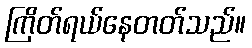
ကြိတ်ရယ်နေတတ်သည်။